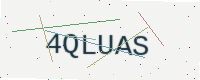
Text: 4QLUAS